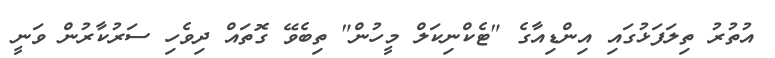
އުތުރު ތިލަފަޅުގައި އިންޑިއާގެ "ޓެކްނިކަލް މީހުން" ތިބެވޭ ގޮތައް ދިވެހި ސަރުކާރުން ވަނީ